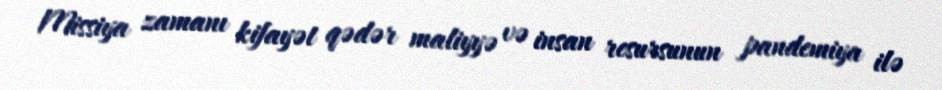
Missiya zamanı kifayət qədər maliyyə və insan resursunun pandemiya ilə